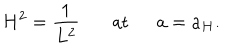
LaTeX: H ^ { 2 } = { \frac { 1 } { L ^ { 2 } } } \ \ \ \mathrm { a t } \ \ a = a _ { H } .